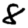
Digit: 8